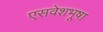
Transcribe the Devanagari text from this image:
एसवेशभूषा